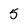
Character: 5